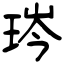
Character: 琌